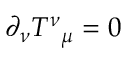
\partial _ { \nu } T ^ { \nu } { } _ { \mu } = 0